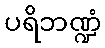
ပရိဘဏ္ဍံ